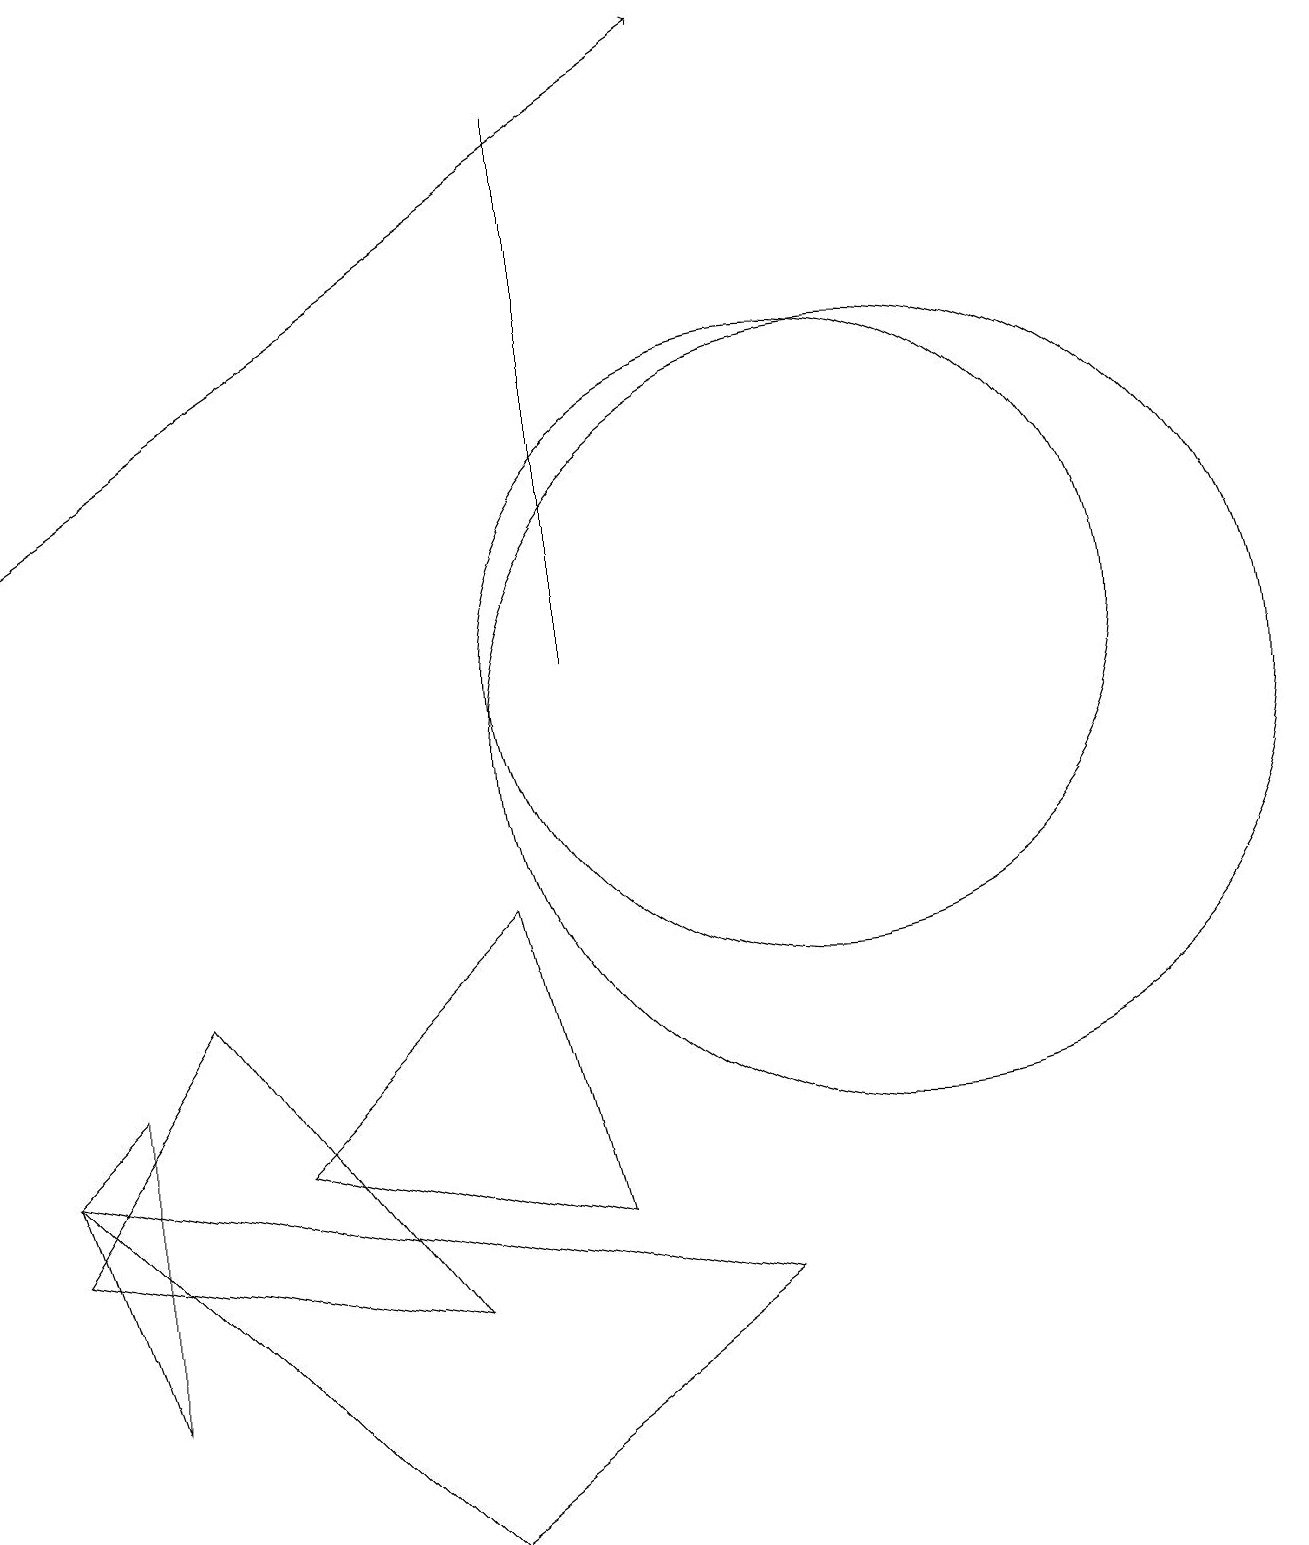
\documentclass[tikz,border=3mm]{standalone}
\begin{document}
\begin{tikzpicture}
\draw (7,11) rectangle (7,18);
\draw (0,4) -- (2,7) -- (5,3) -- cycle;
\draw (0,5) -- (9,3) -- (5,0) -- cycle;
\draw (11,10) circle (5);
\draw[->] (0,13) -- (9,19);
\draw (1,6) -- (0,5) -- (1,2) -- cycle;
\draw (10,11) circle (4);
\draw (7,4) -- (3,5) -- (6,8) -- cycle;
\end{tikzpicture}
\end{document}